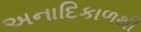
અનાદિકાળથી